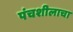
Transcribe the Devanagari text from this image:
पंचशीलाचा